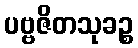
ပဗ္ဗဇိတသုခဉ္စ